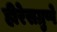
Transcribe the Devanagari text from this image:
हीरेसग्रुप्पे